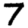
Digit: 7